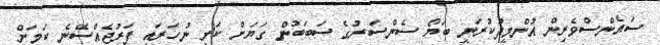
ސައެންސްވެރިން އުންމީދުކުރަނީ ބަޔޯ ސެންސަރުގެ ސަބަބުން ގަޔަށް ކަށި ނުހަރައި ފަރުޖެއްސޭނެ ކަމަށް